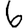
Digit: 6